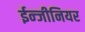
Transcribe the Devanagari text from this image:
ईन्जीनियर